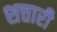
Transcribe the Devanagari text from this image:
शत्तारी